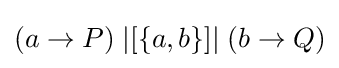
(a\to P)\;|[\{a,b\}]|\;(b\to Q)